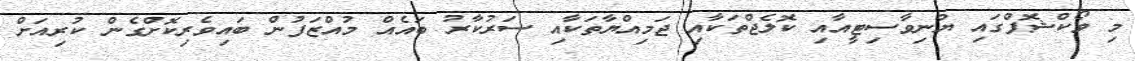
މި ވޯކްޝޮޕްގައި ޔުނިވާސިޓީއާއި ކޮލެޖްތަކާއި ޖަމިއްޔާތަކާއި ސަރުކާރު ބައެއް މުއްޒަފުން ބައިވެރިކޮށްގެން ކުރިއަށް